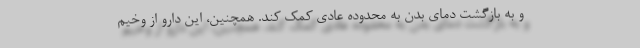
و به بازگشت دمای بدن به محدوده عادی کمک کند. همچنین، این دارو از وخیم